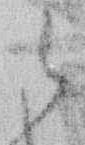
候